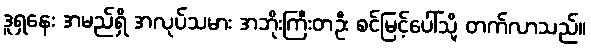
ဒူရှနေး အမည်ရှိ အလုပ်သမား အဘိုးကြီးတဦး စင်မြင့်ပေါ်သို့ တက်လာသည်။